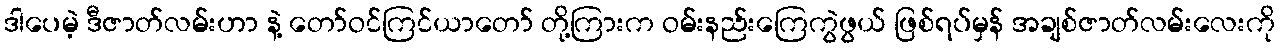
ဒါပေမဲ့ ဒီဇာတ်လမ်းဟာ နဲ့ တော်ဝင်ကြင်ယာတော် တို့ကြားက ဝမ်းနည်းကြေကွဲဖွယ် ဖြစ်ရပ်မှန် အချစ်ဇာတ်လမ်းလေးကို